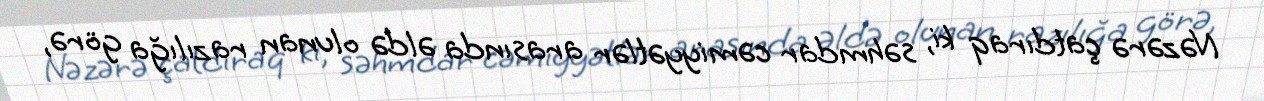
Nəzərə çatdıraq ki, səhmdar cəmiyyətlər arasında əldə olunan razılığa görə,